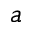
a